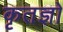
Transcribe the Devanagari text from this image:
कृतज्ञो